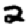
Digit: 2